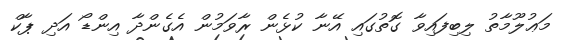
މަޢުލޫމާތު ލިބިފައިވާ ގޮތުގައި އޭނާ ކުޅެން ރާވަމުން އެގެންދާ އިންޑޯ އަދި ޕާކް